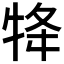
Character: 𭷟